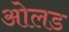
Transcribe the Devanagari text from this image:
ओलड